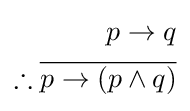
{\begin{aligned}p\rightarrow q\\\therefore {\overline {p\rightarrow (p\wedge q)}}\\\end{aligned}}